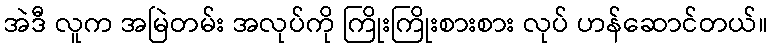
အဲဒီ လူက အမြဲတမ်း အလုပ်ကို ကြိုးကြိုးစားစား လုပ် ဟန်ဆောင်တယ်။